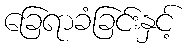
ခြေရာခံခြင်းနှင့်